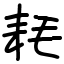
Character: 耗